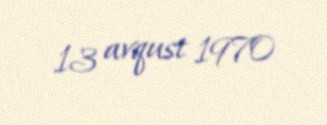
13 avqust 1970